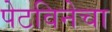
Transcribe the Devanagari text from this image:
पेटविनेचा